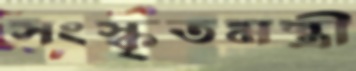
সংস্কৃতমন্ত্রী